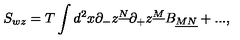
S _ { w z } = T \int d ^ { 2 } x \partial _ { - } z ^ { \underline { { N } } } \partial _ { + } z ^ { \underline { { M } } } B _ { \underline { { M N } } } + . . . ,